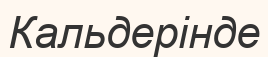
Кальдерінде